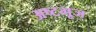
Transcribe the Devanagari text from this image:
अष्टभूज